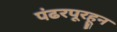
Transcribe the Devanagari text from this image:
पंढरपूरहून